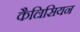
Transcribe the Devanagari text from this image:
कैल्रिसियन